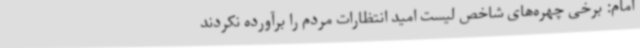
امام: برخی چهره‌های شاخص لیست امید انتظارات مردم را برآورده نکردند